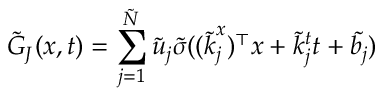
\tilde { G } _ { J } ( \boldsymbol { x } , t ) = \sum _ { j = 1 } ^ { \tilde { N } } \tilde { u } _ { j } \tilde { \sigma } ( ( \boldsymbol { \tilde { k } } _ { j } ^ { x } ) ^ { \top } \boldsymbol { x } + \tilde { k } _ { j } ^ { t } t + \tilde { b _ { j } } )